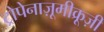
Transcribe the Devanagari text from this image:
ट्रोपेनाज़ूमीक्रूज़ी